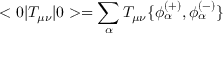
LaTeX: < 0 | T _ { \mu \nu } | 0 > = \sum _ { \alpha } T _ { \mu \nu } \{ \phi _ { \alpha } ^ { ( + ) } , \phi _ { \alpha } ^ { ( - ) } \}